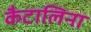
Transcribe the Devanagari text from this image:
कैटालिना